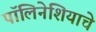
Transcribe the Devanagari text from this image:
पॉलिनेशियाचे